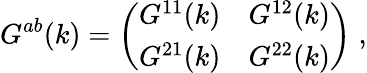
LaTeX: G^{ab}(k)=\left(\begin{array}{ll}{{G^{11}(k)}}&{{G^{12}(k)}}\\ {{G^{21}(k)}}&{{G^{22}(k)}}\end{array}\right)\; ,